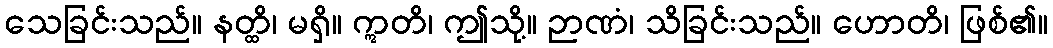
သေခြင်းသည်။ နတ္ထိ၊ မရှိ။ ဣတိ၊ ဤသို့။ ဉာဏံ၊ သိခြင်းသည်။ ဟောတိ၊ ဖြစ်၏။